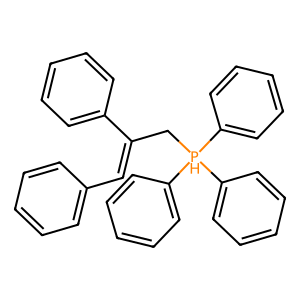
SMILES: C(=C(C[PH](c1ccccc1)(c1ccccc1)c1ccccc1)c1ccccc1)c1ccccc1
Inhibits HIV replication: No